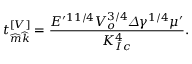
t _ { \widehat { m } \widehat { k } } ^ { [ V ] } = \frac { E ^ { \prime 1 1 / 4 } V _ { o } ^ { 3 / 4 } \varDelta \gamma ^ { 1 / 4 } \mu ^ { \prime } } { K _ { I c } ^ { 4 } } .